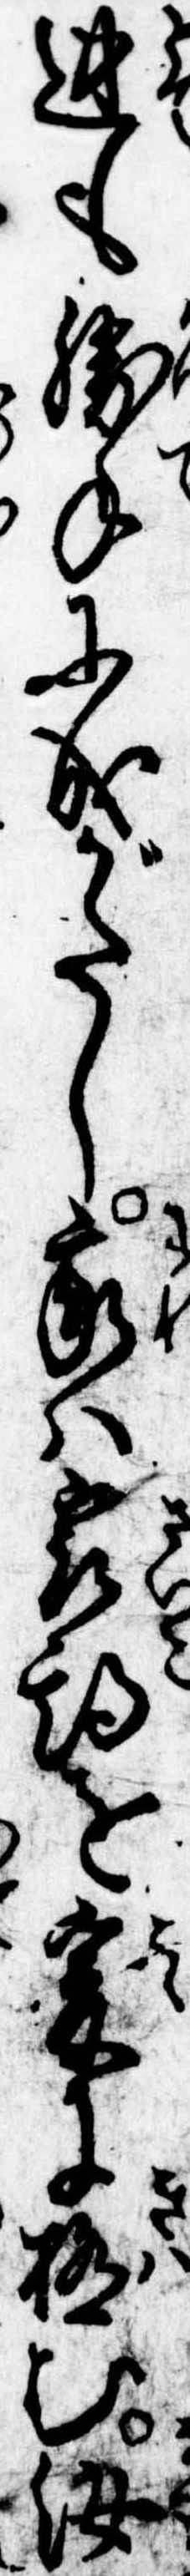
迚も勝手に成がたし我は最期を爰に極む汝